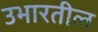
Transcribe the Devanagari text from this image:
उभारतील